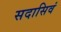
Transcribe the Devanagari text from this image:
सदासिवं